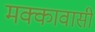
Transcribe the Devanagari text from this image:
मक्कावासी